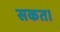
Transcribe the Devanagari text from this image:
सकत।